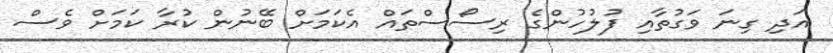
އަދި ގިނަ ވަގުތާއި ފުލުހުންގެ ރިސޯސްތައް އެކަމަށް ބޭނުން ކުރާ ކަމަށް ވެސް